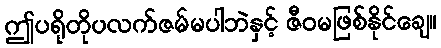
ဤပရိုတိုပလက်ဇမ်မပါဘဲနှင့် ဇီဝမဖြစ်နိုင်ချေ။